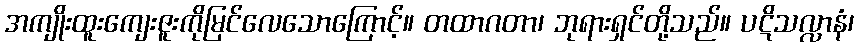
အကျိုးထူးကျေးဇူးကိုမြင်လေသောကြောင့်။ တထာဂတာ၊ ဘုရားရှင်တို့သည်။ ပဋိသလ္လာနံ၊